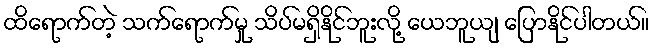
ထိရောက်တဲ့ သက်ရောက်မှု သိပ်မရှိနိုင်ဘူးလို့ ယေဘူယျ ပြောနိုင်ပါတယ်။